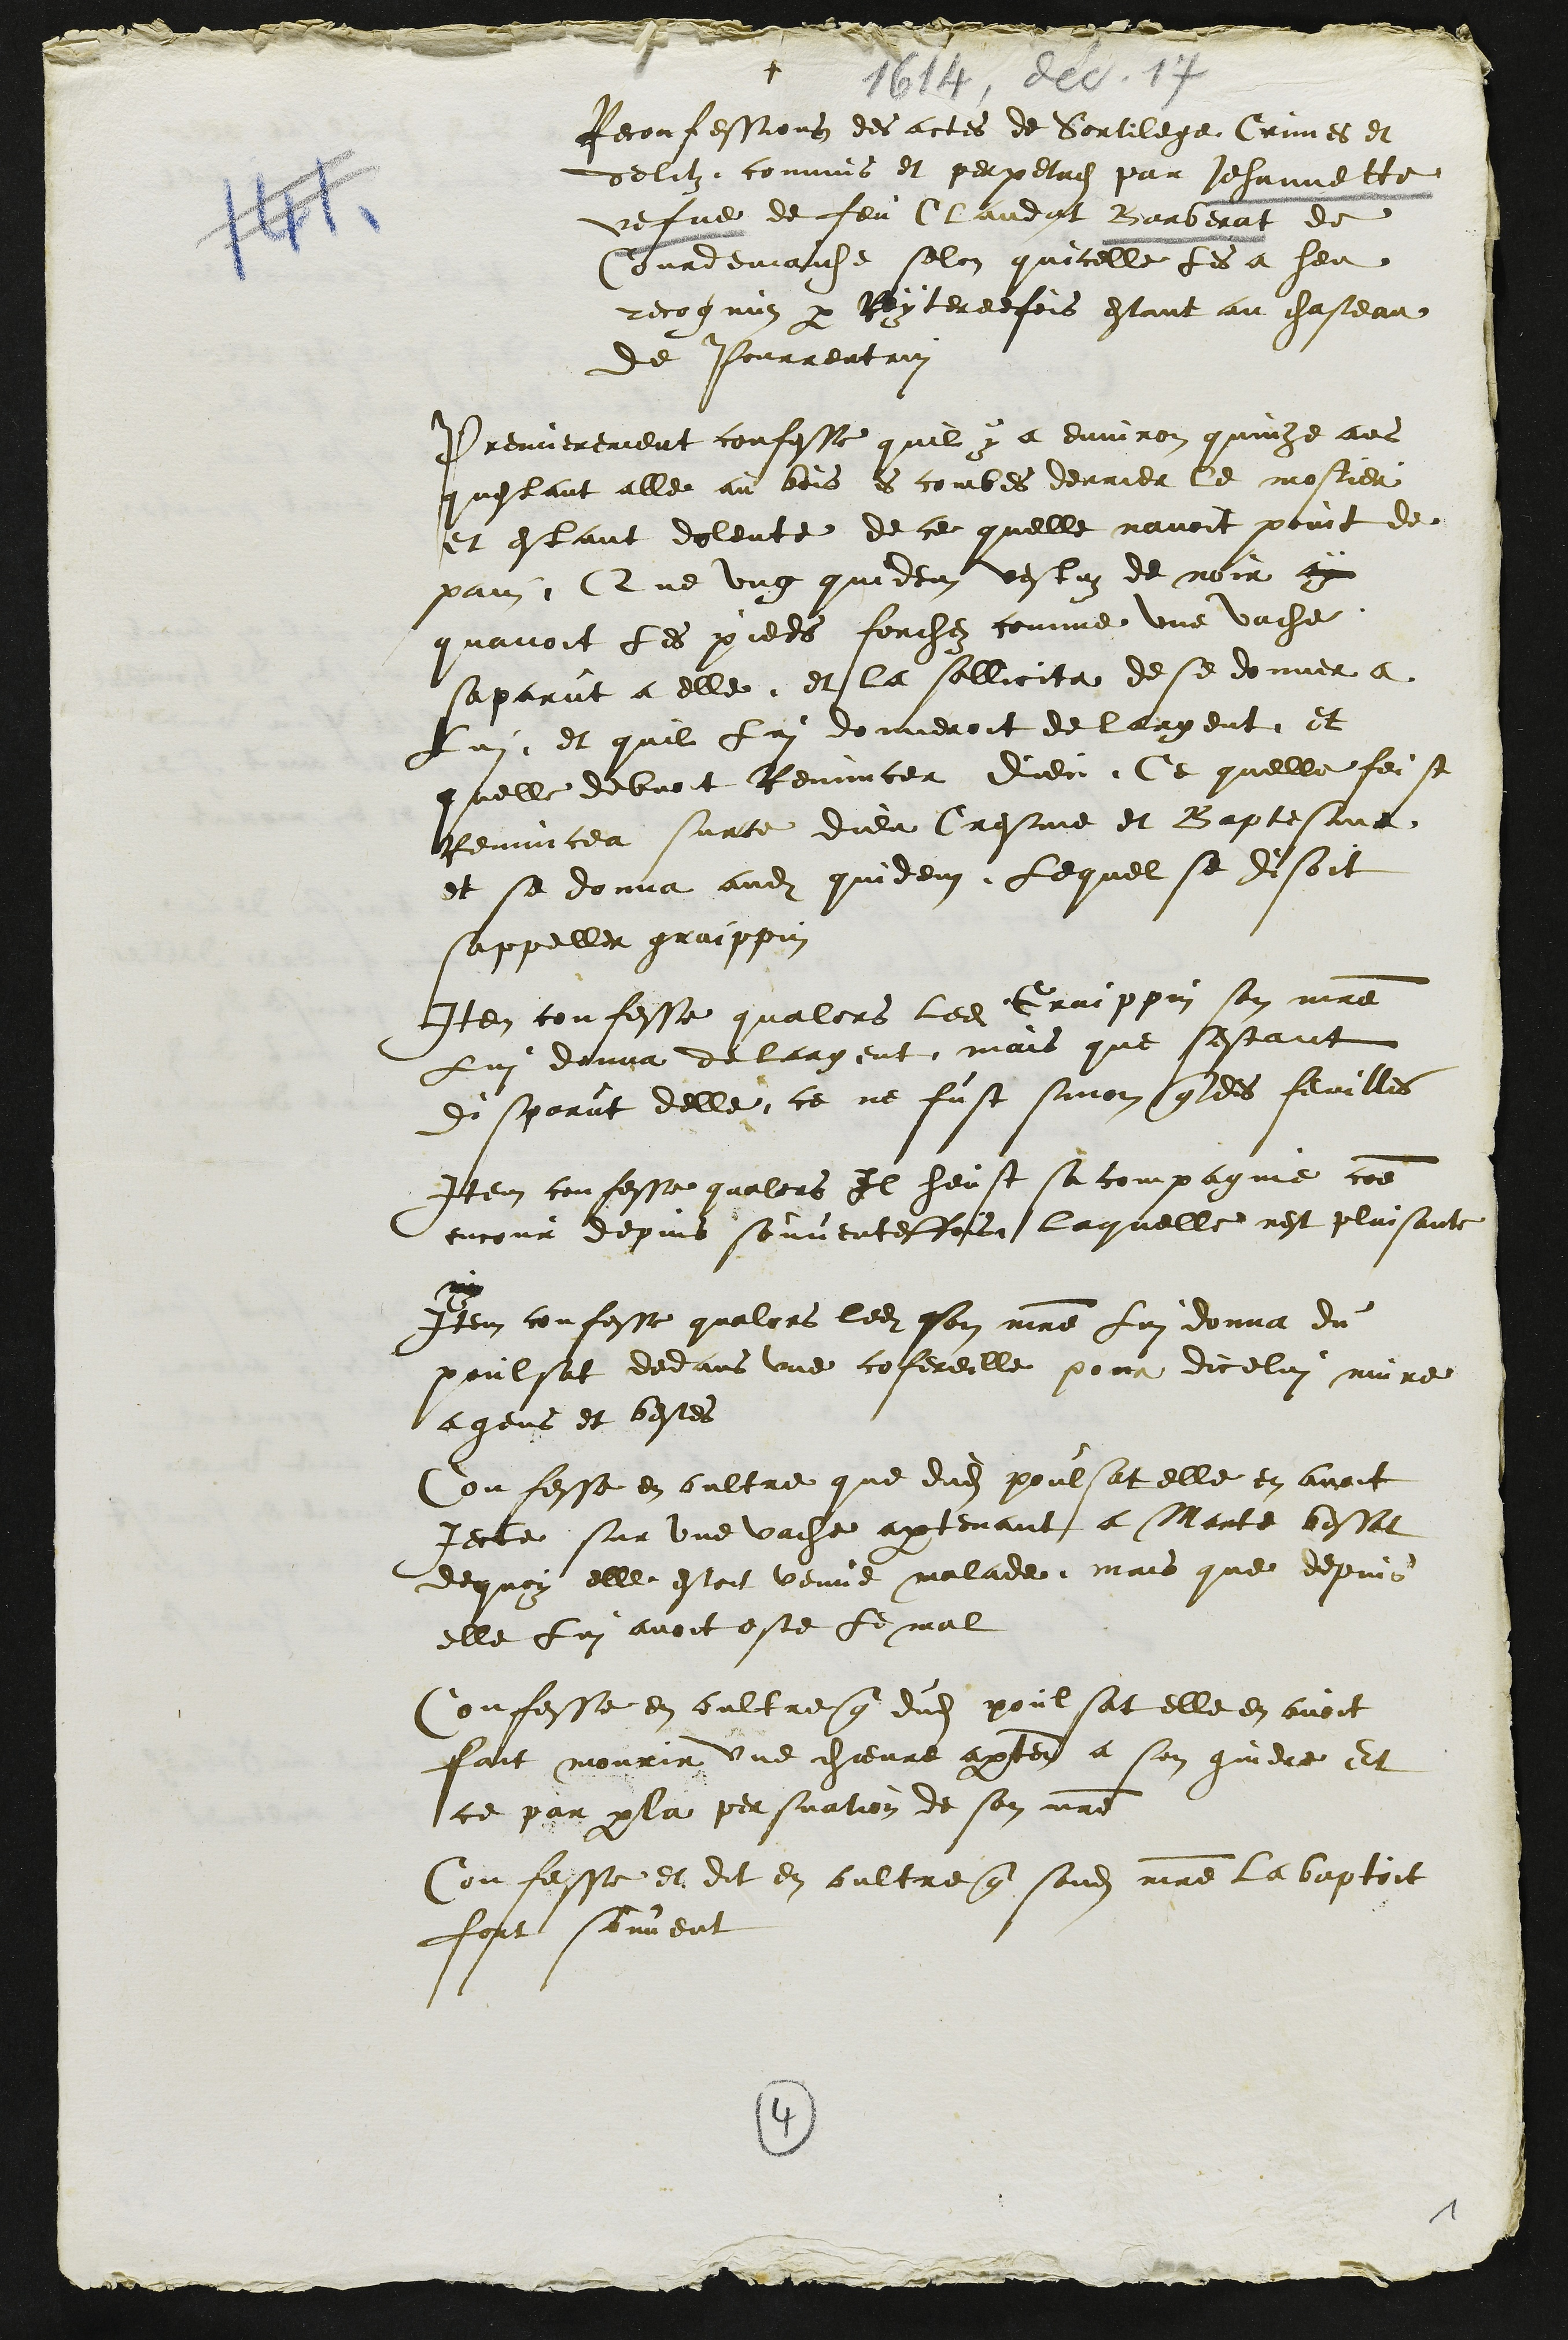
+
1614, déc. 17
Reconfessions des actes de Sortilege Crimes et
delitz commis et perpetrez par Jehannette
vefve de feu Claudat Barberat de
Courdemaiche selon quicelle les a heu
recognuz par reyteree fois estant au chasteau
de Pourrentruy
Premierement confesse quil y a environ quinze ans
questant alle au bois es combes derrier le mostier
et estant dolente de ce quelle navoit point de
pain Que ung quidem vestuz de noir ay
quavoit les pieds forchez comme une vache
saparut a elle et la sollicita de se donner a
Lui et quil lui donneroit de largent et
quelle debvoit Renuncer dieu, Ce quelle feist
Renuncea surce dieu Cresme et Baptesme
et se donna audit quidem Lequel se disoit
sappeller graippin
Item confesse qualors ledit Graippin son maitre
Lui donna de largent mais que sestant
disparut delle ce ne fust sinon que des feuilles
Item confesse qualors Il heust sa compagnie comme
encour depuis souventesfois laquelle nest plaisante
ny
Item confesse qualors ledit son maitre lui donna du
poulsat dedans une cofereille pour dicelui nuire
a gens et bestes
Confesse en oultre que dudit poulsat elle en avoit
Jecte sur une vache apartenant a Marte bessat
dequoy elle estoit venue malade mais que depuis
elle Lui avoit oste le mal
Confesse en oultre que dudit poulsat elle en avoit
fait mourir une chievre apartenant a son gindre et
ce par par la persuation de son maitre
Confesse et dit en oultre que sondit maitre la baptoit
fort souvent